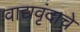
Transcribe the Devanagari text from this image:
वाद्यवृंदाचे